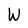
Character: W